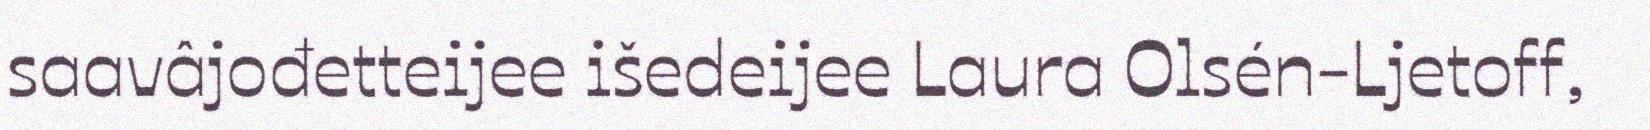
saavâjođetteijee išedeijee Laura Olsén-Ljetoff,